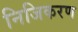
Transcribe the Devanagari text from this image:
निजिकरण